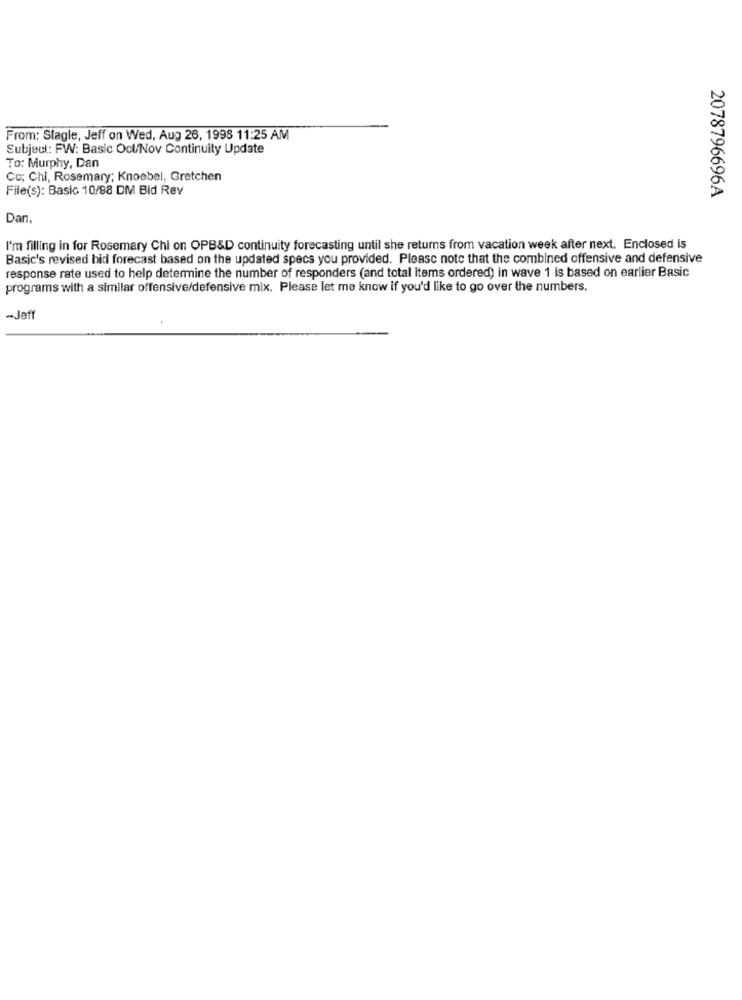
From: Slagle, Jeff on Wed, Aug 26, 1998 11:25 AM
Subject: FW: Basic Oct/Nov Continuity Update
To: Murphy, Dan
Cc: Chi, Rosemary; Knoebel, Gretchen
File(s): Basic 10/88 DM Bid Rev
2078796696A
Dan,
I'm filling in for Rosemary Chi on OPB&D continuity forecasting until she returns from vacation week after next. Enclosed is
Basic's revised bid forecast based on the updated specs you provided. Please note that the combined offensive and defensive
response rate used to help determine the number of responders (and total items ordered) in wave 1 is based on earlier Basic
programs with a similar offensive/defensive mix. Please let me know if you'd like to go over the numbers.
-Jeff